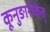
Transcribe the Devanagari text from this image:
कूनुङारीकेत्